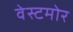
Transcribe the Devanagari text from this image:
वेस्टमोर